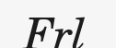
Frl